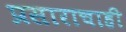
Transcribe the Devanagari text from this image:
प्रसाराचाही